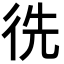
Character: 𢓠